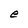
Character: e